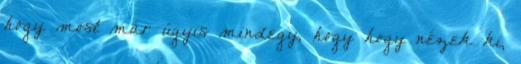
hogy most már úgyis mindegy, hogy hogy nézek ki,